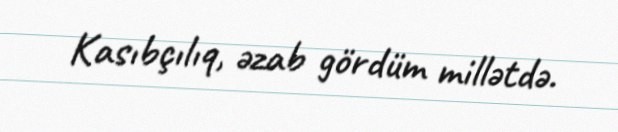
Kasıbçılıq, əzab gördüm millətdə.